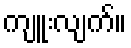
ကျူးလျက်။